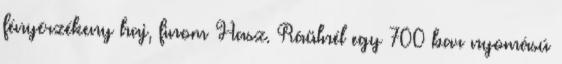
fényérzékeny haj, finom Hasz. Ráülnél egy 700 bar nyomású